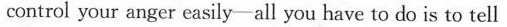
control your anger easily-all you have to do is to tell